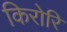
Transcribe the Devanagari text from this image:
किरोरि